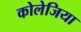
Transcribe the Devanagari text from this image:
कोलेजिया